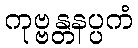
ကုဗ္ဗန္တနပ္ပကံ